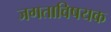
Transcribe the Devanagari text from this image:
जगताविषयक